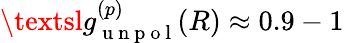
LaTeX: {\textsl{g}}_{\mathrm{~u~n~p~o~l~}}^{(p)}{(R)}\approx 0.9-1